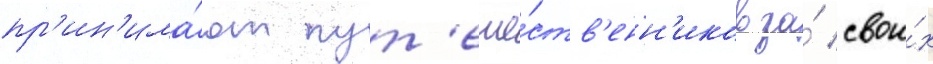
пр'ин'има́ют пут'еше́ств'енн'иков за́ свои́х